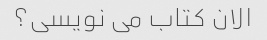
الان کتاب می نویسی؟